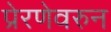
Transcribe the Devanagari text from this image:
प्रेरणेवरुन